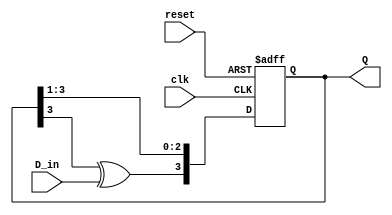
module feedback_register #(
    parameter WIDTH = 4  // Width of the register (number of bits)
)(
    input wire clk,       // Clock signal
    input wire reset,     // Reset signal
    input wire D_in,      // Input data line
    output reg [WIDTH-1:0] Q  // Output register
);

    // Internal wire for feedback
    wire feedback;

    // Feedback logic (XOR of the last bit of the register)
    assign feedback = Q[WIDTH-1] ^ D_in; // Example feedback logic

    always @(posedge clk or posedge reset) begin
        if (reset) begin
            Q <= 0;  // Reset the register to 0
        end else begin
            Q <= {feedback, Q[WIDTH-1:1]}; // Shift operation with feedback
        end
    end

endmodule